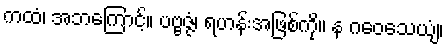
ကထံ၊ အဘကြောင့်။ ပဗ္ဗဇ္ဇံ၊ ရဟန်းအဖြစ်ကို။ န ဂဝေသေယျံ၊